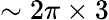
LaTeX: \sim 2\pi\times 3